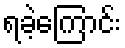
ရခဲ့ကြောင်း